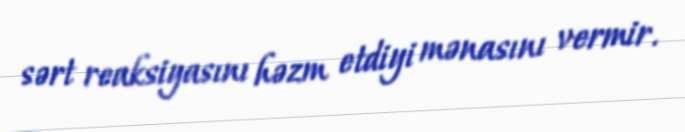
sərt reaksiyasını həzm etdiyi mənasını vermir.